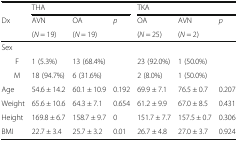
<table><thead><tr><td></td><td colspan="3"><b>THA</b></td><td colspan="3"><b>TKA</b></td></tr><tr><td rowspan="2"><b>Dx</b></td><td><b>AVN</b></td><td><b>OA</b></td><td><b><i>p</i></b></td><td><b>OA</b></td><td><b>AVN</b></td><td><b><i>p</i></b></td></tr><tr><td><b>(<i>N</i> = 19)</b></td><td><b>(<i>N</i> = 19)</b></td><td></td><td><b>(<i>N</i> = 25)</b></td><td><b>(<i>N</i> = 2)</b></td><td></td></tr></thead><tbody><tr><td colspan="7">Sex</td></tr><tr><td> F</td><td>1 (5.3%)</td><td>13 (68.4%)</td><td></td><td>23 (92.0%)</td><td>1 (50.0%)</td><td></td></tr><tr><td> M</td><td>18 (94.7%)</td><td>6 (31.6%)</td><td></td><td>2 (8.0%)</td><td>1 (50.0%)</td><td></td></tr><tr><td>Age</td><td>54.6 ± 14.2</td><td>60.1 ± 10.9</td><td>0.192</td><td>69.9 ± 7.1</td><td>76.5 ± 0.7</td><td>0.207</td></tr><tr><td>Weight</td><td>65.6 ± 10.6</td><td>64.3 ± 7.1</td><td>0.654</td><td>61.2 ± 9.9</td><td>67.0 ± 8.5</td><td>0.431</td></tr><tr><td>Height</td><td>169.8 ± 6.7</td><td>158.7 ± 9.7</td><td>0</td><td>151.7 ± 7.7</td><td>157.5 ± 0.7</td><td>0.306</td></tr><tr><td>BMI</td><td>22.7 ± 3.4</td><td>25.7 ± 3.2</td><td>0.01</td><td>26.7 ± 4.8</td><td>27.0 ± 3.7</td><td>0.924</td></tr></tbody></table>